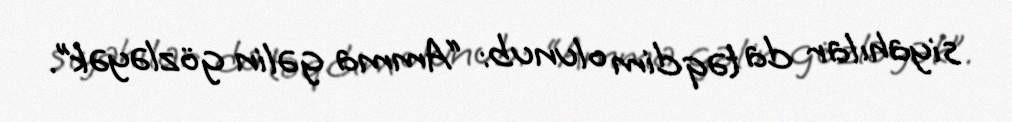
siyahılar da təqdim olunub: “Amma gəlin gözləyək”.